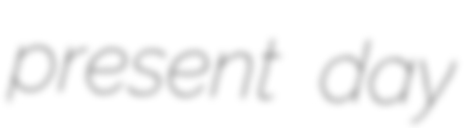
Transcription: present day